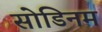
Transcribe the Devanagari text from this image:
सोडिनम